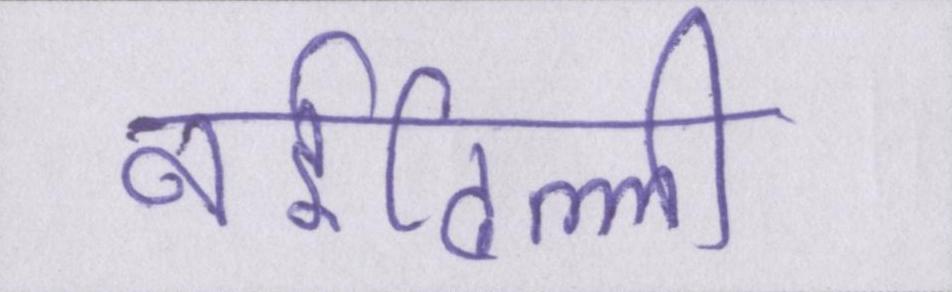
नईदिल्ली